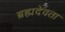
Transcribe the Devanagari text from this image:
ब्रह्मदेवता